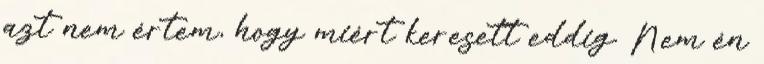
azt nem értem, hogy miért keresett eddig. Nem én